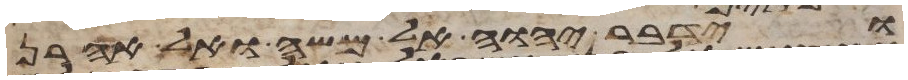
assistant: וידבר יהוה אל משה ואל אהרן